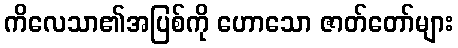
ကိလေသာ၏အပြစ်ကို ဟောသော ဇာတ်တော်များ